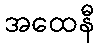
အထေနီ